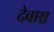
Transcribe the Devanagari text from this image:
देवाश्च